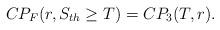
LaTeX: \begin{align*}CP_{F}(r, S_{th}\geq T)=CP_3(T,r).\end{align*}